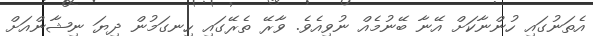
އެތަނުގައި ހުންނާކަށް އޭނާ ބޭނުމެއް ނުވިއެވެ. ވާރޭ ތެރޭގައި ހިނގަމުން ދިޔަ ނިޝާންއަށް